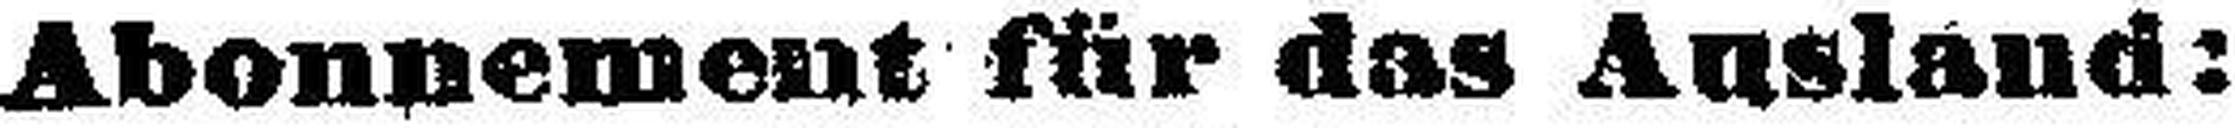
Abonnement für das Ausland: